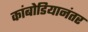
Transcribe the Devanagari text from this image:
कांबोडियानंतर